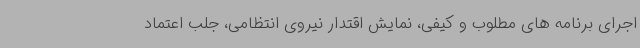
اجرای برنامه های مطلوب و کیفی، نمایش اقتدار نیروی انتظامی، جلب اعتماد